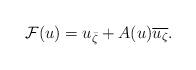
LaTeX: \begin{align*}\mathcal{F}(u)=\displaystyle u_{\bar{\zeta}}+A(u)\overline{u_{\zeta}}.\end{align*}